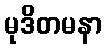
မုဒိတမနာ